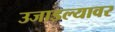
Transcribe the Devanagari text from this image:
उजाडल्यावर